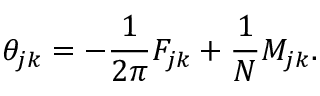
\theta _ { j k } = - { \frac { 1 } { 2 \pi } } F _ { j k } + { \frac { 1 } { N } } M _ { j k } .